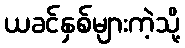
ယခင်နှစ်များကဲ့သို့